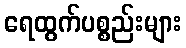
ရေထွက်ပစ္စည်းများ